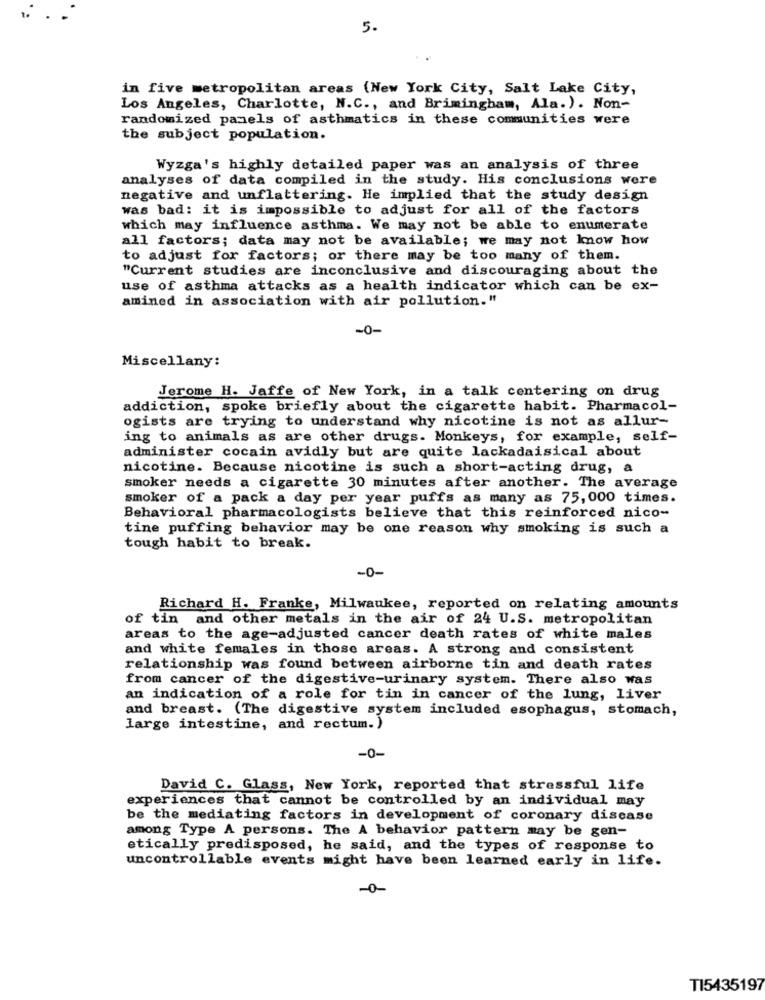
5.
in five metropolitan areas (New York City, Salt Lake City,
Los Angeles, Charlotte, N.C ., and Brimingham, Ala. ) . Non-
randomized panels of asthmatics in these communities were
the subject population.
Wyzga's highly detailed paper was an analysis of three
analyses of data compiled in the study. His conclusions were
negative and unflattering. He implied that the study design
was bad: it is impossible to adjust for all of the factors
which may influence asthma. We may not be able to enumerate
all factors; data may not be available; we may not know how
to adjust for factors; or there may be too many of them.
"Current studies are inconclusive and discouraging about the
use of asthma attacks as a health indicator which can be ex-
amined in association with air pollution."
-0-
Miscellany:
Jerome H. Jaffe of New York, in a talk centering on drug
addiction, spoke briefly about the cigarette habit. Pharmacol-
ogists are trying to understand why nicotine is not as allur-
ing to animals as are other drugs. Monkeys, for example, self-
administer cocain avidly but are quite lackadaisical about
nicotine. Because nicotine is such a short-acting drug, a
smoker needs a cigarette 30 minutes after another. The average
smoker of a pack a day per year puffs as many as 75,000 times.
Behavioral pharmacologists believe that this reinforced nico-
tine puffing behavior may be one reason why smoking is such a
tough habit to break.
-0-
Richard H. Franke, Milwaukee, reported on relating amounts
of tin and other metals in the air of 24 U.S. metropolitan
areas to the age-adjusted cancer death rates of white males
and white females in those areas. A strong and consistent
relationship was found between airborne tin and death rates
from cancer of the digestive-urinary system. There also was
an indication of a role for tin in cancer of the lung, liver
and breast. (The digestive system included esophagus, stomach,
large intestine, and rectum.)
-0-
David C. Glass, New York, reported that stressful life
experiences that cannot be controlled by an individual may
be the mediating factors in development of coronary discase
among Type A persons. The A behavior pattern may be gen-
etically predisposed, he said, and the types of response to
uncontrollable events might have been learned early in life.
-0
TI5435197